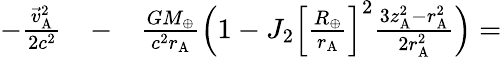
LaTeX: \begin{array}{rlr}{-\frac{{\vec{v}}_{\mathrm{A}}^{2}}{2c^{2}}}&{{}-}&{\frac{GM_{\oplus}}{c^{2}r_{\mathrm{A}}}\Big(1-J_{2}\Big[\frac{R_{\oplus}}{r_{\mathrm{A}}}\Big]^{2}\frac{3z_{\mathrm{A}}^{2}-r_{\mathrm{A}}^{2}}{2r_{\mathrm{A}}^{2}}\Big)=}\end{array}